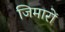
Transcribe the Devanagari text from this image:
जिमारों